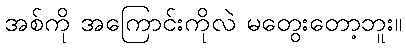
အစ်ကို အကြောင်းကိုလဲ မတွေးတော့ဘူး။